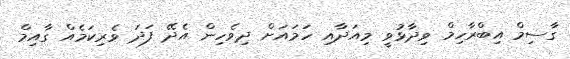
ގާސިމް އިބްރާހިމް ވިދާޅުވީ މިއަދާއި ހަމައަށް ދިވެހިން އެދޭ ފަދަ ވެރިކަމެއް ގާއިމް